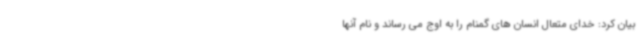
بیان کرد: خدای متعال انسان های گمنام را به اوج می رساند و نام آنها